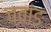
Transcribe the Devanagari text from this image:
च्वांङ